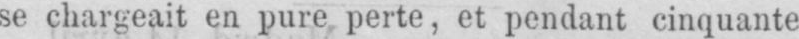
se chargeait en pure perte, et pendant cinquante